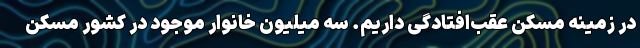
در زمینه مسکن عقب‌افتادگی داریم. سه میلیون خانوار موجود در کشور مسکن